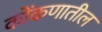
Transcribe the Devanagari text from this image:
कोंकणातील